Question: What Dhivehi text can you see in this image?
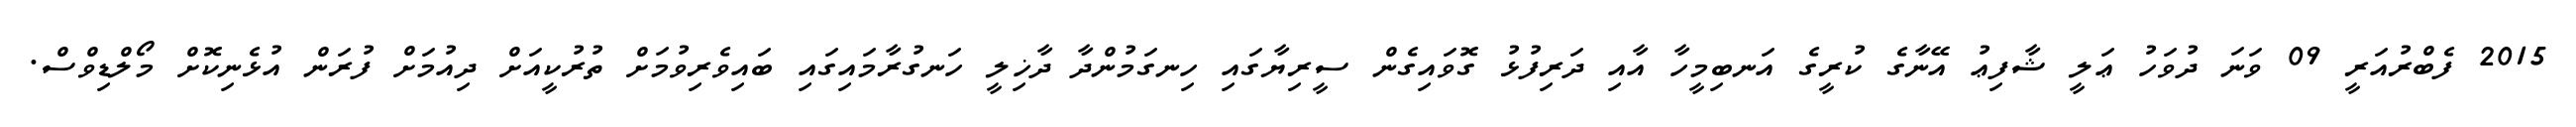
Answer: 2015 ފެބްރުއަރީ 09 ވަނަ ދުވަހު ޢަލީ ޝާފިޢު އޭނާގެ ކުރީގެ އަނބިމީހާ އާއި ދަރިފުޅު ގޮވައިގެން ސީރިޔާގައި ހިނގަމުންދާ ދާޚިލީ ހަނގުރާމައިގައި ބައިވެރިވުމަށް ތުރުކީއަށް ދިއުމަށް ފުރަން އުޅެނިކޮށް މޯލްޑިވްސް.